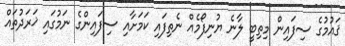
ޤައުމުގެ ސިފައިން މިތިބީ ލާނެ ޔުނިފޯމެއް ނެތިފައި ކަމަށާއި ސިފައިންގެ ނަމުގައި ޚަރަދުތައް